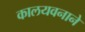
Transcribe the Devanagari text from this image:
कालयवनाने